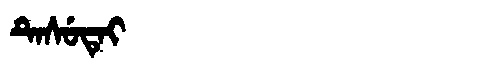
Manchu: ᡨᡝᠰᡠᡨᡝᡳ
Romanization: TESUTEI